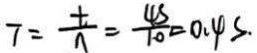
7 = \frac { t } { n } = \frac { 4 s } { 1 0 } = 0 . 4 s .